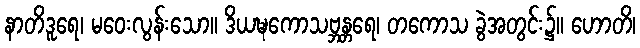
နာတိဒူရေ၊ မဝေးလွန်းသော။ ဒိယဍ္ဎကောသဗ္ဘန္တရေ၊ တကောသ ခွဲအတွင်း၌။ ဟောတိ၊